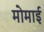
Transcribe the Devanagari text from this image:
मोमाई